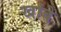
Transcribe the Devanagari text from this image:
खांबे